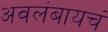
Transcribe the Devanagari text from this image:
अवलंबायचं